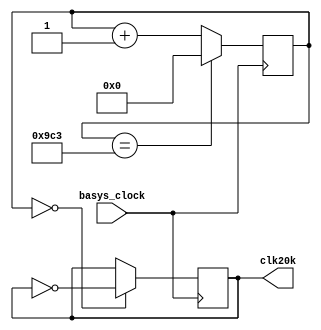
`timescale 1ns / 1ps
//////////////////////////////////////////////////////////////////////////////////
// Company: 
// Engineer: 
// 
// Design Name: 
// Module Name: new_clocky
// Project Name: 
// Target Devices: 
// Tool Versions: 
// Description: 
// 
// Dependencies: 
// 
// Revision:
// Revision 0.01 - File Created
// Additional Comments:
// 
//////////////////////////////////////////////////////////////////////////////////


module new_clocky( input basys_clock, output reg clk20k = 0 );

    reg [11:0] counter = 0; //can use [31:0] max 32 bits
    
    always @ (posedge basys_clock)
    begin
        counter <= (counter == 2499)? 0:counter + 1;
        clk20k <= (counter == 0)? ~clk20k : clk20k;   
    end

endmodule